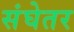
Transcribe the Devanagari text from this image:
संघेतर